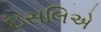
ઇસલિએ